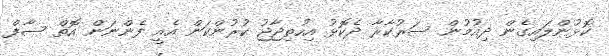
ކޮޅުންލައިގެން ދިއުމުން ސަރުކާރާ ދެކޮޅު އިހުތިޖާޖު ކުރުންކަން އެއީ ފެންނަން އޮތް ސާފް